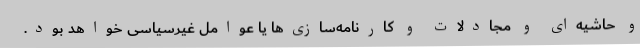
و حاشیه‌ای و مجادلات و کارنامه‌سازی‌ها یا عوامل غیرسیاسی خواهد بود.